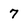
Character: 7